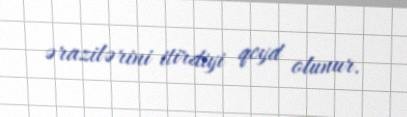
ərazilərini itirdiyi qeyd olunur.